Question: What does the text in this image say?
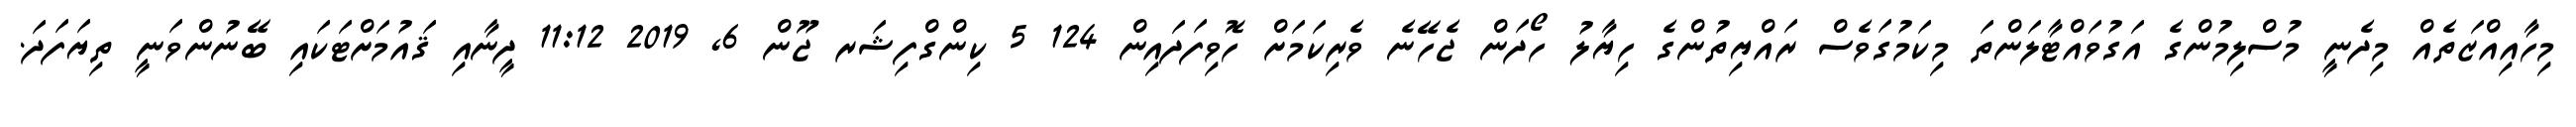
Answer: މިހާއިއްޒަތެއް މިދެނީ މުސްލިމުންގެ އަގުވައްޓާލަންތަ މިކަމުގަވެސް ރައްޔިތުންގެ ހިޔާލު ހޯދަން ޖެހޭނެ ވެރިކަމަށް ހޮވިފަދައިން 124 5 ކިންގްފިޝަރ ޖޫން 6, 2019 11:12 ދީނާއި ޤައުމަށްޓަކައި ބޭނުންވަނީ ތިޔަފަދަ.